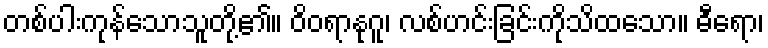
တစ်ပါးကုန်သောသူတို့၏။ ဝိဝရာနုဂူ၊ လစ်ဟင်းခြင်းကိုသိထသော။ ဓီရော၊